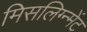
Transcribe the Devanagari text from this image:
मिसलिग्न्मेंट